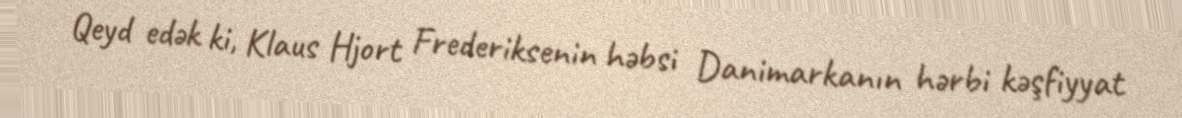
Qeyd edək ki, Klaus Hjort Frederiksenin həbsi Danimarkanın hərbi kəşfiyyat